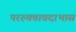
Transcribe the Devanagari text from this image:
पररुक्तावदाभास